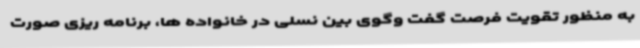
به منظور تقویت فرصت گفت وگوی بین نسلی در خانواده ها، برنامه ریزی صورت